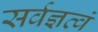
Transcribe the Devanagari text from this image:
सर्वज्ञत्वं